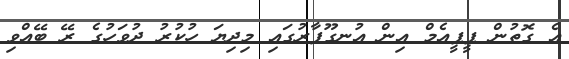
އެ ގޮތުން ޕީޕީއެމް އިން އުނގޫފާރުގައި މިދިޔަ ހުކުރު ދުވަހުގެ ރޭ ބޭއްވި